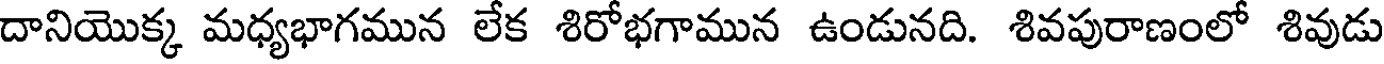
దానియొక్క మధ్యభాగమున లేక శిరోభగామున ఉండునది. శివపురాణంలో శివుడు